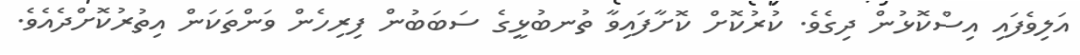
އަލިވެފައި އިސްކޮޅުން ދިގެވެ. ކުރުކޮށް ކޮށާފައިވާ ތުނބުޅީގެ ސަބަބުން ފިރިހެން ވަންތަކަން އިތުރުކޮށްދެއެވެ.